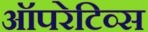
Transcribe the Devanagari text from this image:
ऑपरेटिव्स